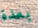
بعدة